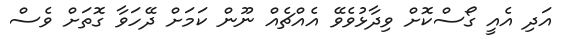
އަދި އެއީ ގޯސްކޮށް ވިދާޅުވެވޭ އެއްޗެއް ނޫން ކަމަށް ދޭހަވާ ގޮތަށް ވެސް